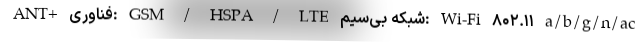
ANT+ فناوری: GSM / HSPA / LTE شبکه بی‌سیم: Wi-Fi ۸۰۲.۱۱ a/b/g/n/ac